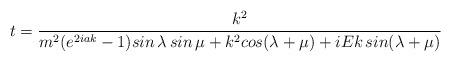
LaTeX: \begin{align*}t=\frac{k^{2}}{m^{2}(e^{2iak}-1)sin\,\lambda \,sin\,\mu +k^{2}cos(\lambda+\mu )+iEk\,sin(\lambda +\mu )}\end{align*}